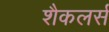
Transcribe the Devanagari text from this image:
शैकलर्स